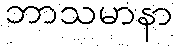
ဘာသမာနာ